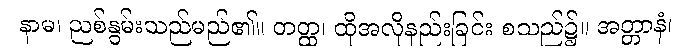
နာမ၊ ညစ်နွမ်းသည်မည်၏။ တတ္ထ၊ ထိုအလိုနည်းခြင်း စသည်၌။ အတ္တာနံ၊